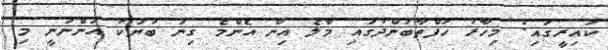
ކައިރީގައި: މިހާރު ހަފްތާބަންދުގައި މާލެ އިން އެންމެ ގިނަ ބަޔަކު އަންނަނީ މި